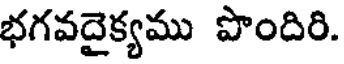
భగవదైక్యము పొందిరి.